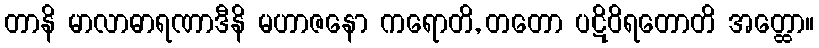
တာနိ မာလာဓာရဏာဒီနိ မဟာဇနော ကရောတိ, တတော ပဋိဝိရတောတိ အတ္ထော။